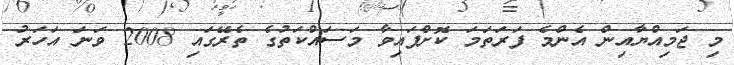
މި ޖަމިއްޔާއިން އެންމެ ފަރަތަމަ ކޮށްފައިވާ މަސައްކަތުގެ ތެރޭގައި 2008 ވަނަ އަހަރު